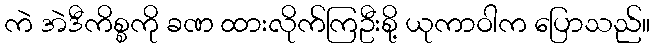
ကဲ အဲဒီကိစ္စကို ခဏ ထားလိုက်ကြဦးစို့ ယုကာဝါက ပြောသည်။